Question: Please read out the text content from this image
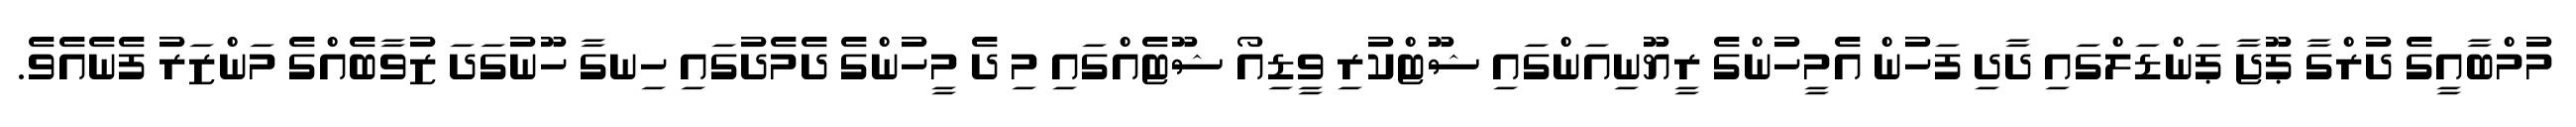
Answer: މުމްބާއީގެ ދުރްގާ ޕޫޖާ ޕަންޑަލްގައި ދާދި ފަހުން އެމީހުންގެ ރީޔޫނިއަންގައި ޝޫޓްކުރި ވީޑިއޯ ޝޫޓެއްގައި މި ދެ މީހުންގެ ދެމެދުގައި ހިނގާ ހޫނުގަދަ ޒުވާބެއްގެ މަންޒަރު ފެނެއެވެ.